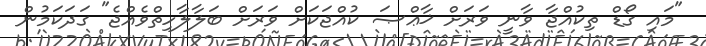
"މައި ގޯޑް ތިކުއްޖާ ވާނީ ވަރަށް ޚާޢްޞަ ކުއްޖަކަށް ވަރަށް ބަލާލާހިތްވެއްޖެ" ގަދަކަމުން